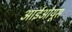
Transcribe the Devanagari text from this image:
आईओयूस